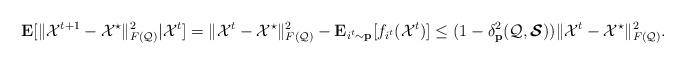
LaTeX: \begin{align*}\mathbf{E}[\|\mathcal{X}^{t+1}-\mathcal{X}^{\star}\|_{F(\mathcal{Q})}^{2}|\mathcal{X}^{t}]&=\|\mathcal{X}^{t}-\mathcal{X}^{\star}\|_{F(\mathcal{Q})}^{2}-\mathbf{E}_{i^{t}\sim \mathbf{p}}[f_{i^{t}}(\mathcal{X}^{t})]\leq(1-\delta_{\mathbf{p}}^{2}(\mathcal{Q},\boldsymbol{\mathcal{S}}))\|\mathcal{X}^{t}-\mathcal{X}^{\star}\|_{F(\mathcal{Q})}^{2}.\end{align*}